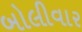
બોલીવાર